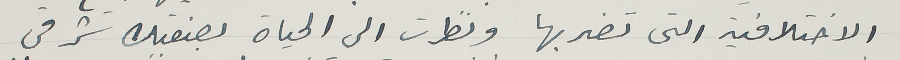
الاختلافية التى تضربها ونظرت الى الحياة بصفتك شرقى